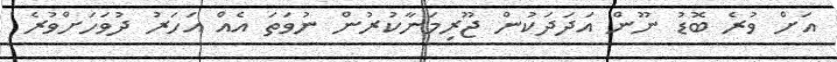
އަށް ވުރެ ބޮޑު ނޫން އަދަދަކުން ޖޫރިމަނާކުރުން ނުވަތަ އެއް އަހަރު ދުވަހަށްވުރެ